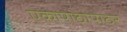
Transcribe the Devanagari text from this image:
एकापाठोपाठर